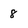
Character: 8